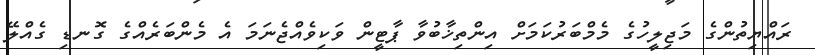
ރައްޔިތުންގެ މަޖިލީހުގެ މެމްބަރުކަމަށް އިންތިޚާބުވާ ޕާޓީން ވަކިވެއްޖެނަމަ އެ މެންބަރެއްގެ ގޮނޑި ގެއްލޭ